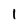
Character: l